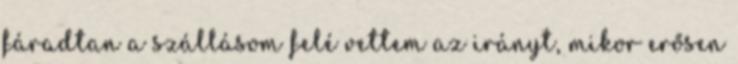
fáradtan a szállásom felé vettem az irányt, mikor erősen